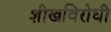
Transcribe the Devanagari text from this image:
शीखविरोधी